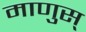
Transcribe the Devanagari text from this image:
माणुस्